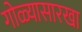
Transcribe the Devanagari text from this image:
गोळ्यासारखा